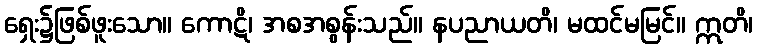
ရှေး၌ဖြစ်ဖူးသော။ ကောဋိ၊ အစအစွန်းသည်။ နပညာယတိ၊ မထင်မမြင်။ ဣတိ၊